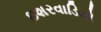
ઇશરવાડિયો